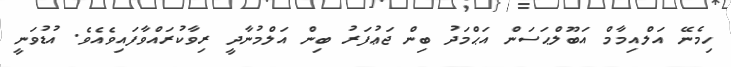
ހިމެނޭ އަލްއިމާމް އަބޫލްޙަސަން އަޙްމަދު ބިން ޖަޢުފަރު ބިން އަލްމުނާދީ ރިވާކުރައްވާފައިވެއެވެ. އުޑުވަނީ